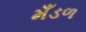
મઁડળ